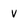
Character: v